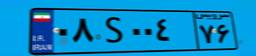
۳۰S۰۱۳۷۸